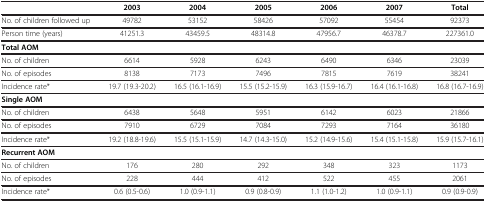
<table><thead><tr><td><b> </b></td><td><b>2003</b></td><td><b>2004</b></td><td><b>2005</b></td><td><b>2006</b></td><td><b>2007</b></td><td><b>Total</b></td></tr></thead><tbody><tr><td>No. of children followed up</td><td>49782</td><td>53152</td><td>58426</td><td>57092</td><td>55454</td><td>92373</td></tr><tr><td>Person time (years)</td><td>41251.3</td><td>43459.5</td><td>48314.8</td><td>47956.7</td><td>46378.7</td><td>227361.0</td></tr><tr><td><b>Total AOM</b></td><td> </td><td> </td><td> </td><td> </td><td> </td><td> </td></tr><tr><td>No. of children</td><td>6614</td><td>5928</td><td>6243</td><td>6490</td><td>6346</td><td>23039</td></tr><tr><td>No. of episodes</td><td>8138</td><td>7173</td><td>7496</td><td>7815</td><td>7619</td><td>38241</td></tr><tr><td>Incidence rate*</td><td>19.7 (19.3-20.2)</td><td>16.5 (16.1-16.9)</td><td>15.5 (15.2-15.9)</td><td>16.3 (15.9-16.7)</td><td>16.4 (16.1-16.8)</td><td>16.8 (16.7-16.9)</td></tr><tr><td><b>Single AOM</b></td><td> </td><td> </td><td> </td><td> </td><td> </td><td> </td></tr><tr><td>No. of children</td><td>6438</td><td>5648</td><td>5951</td><td>6142</td><td>6023</td><td>21866</td></tr><tr><td>No. of episodes</td><td>7910</td><td>6729</td><td>7084</td><td>7293</td><td>7164</td><td>36180</td></tr><tr><td>Incidence rate*</td><td>19.2 (18.8-19.6)</td><td>15.5 (15.1-15.9)</td><td>14.7 (14.3-15.0)</td><td>15.2 (14.9-15.6)</td><td>15.4 (15.1-15.8)</td><td>15.9 (15.7-16.1)</td></tr><tr><td><b>Recurrent AOM</b></td><td> </td><td> </td><td> </td><td> </td><td> </td><td> </td></tr><tr><td>No. of children</td><td>176</td><td>280</td><td>292</td><td>348</td><td>323</td><td>1173</td></tr><tr><td>No. of episodes</td><td>228</td><td>444</td><td>412</td><td>522</td><td>455</td><td>2061</td></tr><tr><td>Incidence rate*</td><td>0.6 (0.5-0.6)</td><td>1.0 (0.9-1.1)</td><td>0.9 (0.8-0.9)</td><td>1.1 (1.0-1.2)</td><td>1.0 (0.9-1.1)</td><td>0.9 (0.9-0.9)</td></tr></tbody></table>